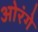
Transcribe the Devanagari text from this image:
ओरंगे